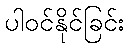
ပါဝင်နိုင်ခြင်း